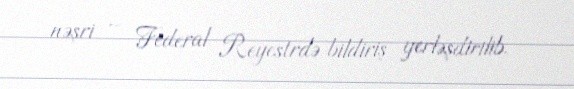
nəşri – Federal Reyestrdə bildiriş yerləşdirilib.